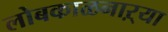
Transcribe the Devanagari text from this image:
लोबकाळनाऱ्या